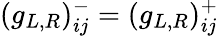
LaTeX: (g_{L,R})_{ij}^{-}=(g_{L,R})_{ij}^{+}